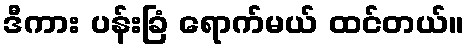
ဒီကား ပန်းခြံ ရောက်မယ် ထင်တယ်။